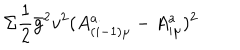
LaTeX: \Sigma \frac { 1 } { 2 } \bar { g } ^ { 2 } v ^ { 2 } ( A _ { ( i - 1 ) \mu } ^ { a } - A _ { i \mu } ^ { a } ) ^ { 2 }